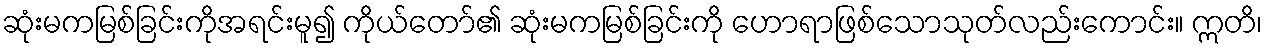
ဆုံးမကမြစ်ခြင်းကိုအရင်းမူ၍ ကိုယ်တော်၏ ဆုံးမကမြစ်ခြင်းကို ဟောရာဖြစ်သောသုတ်လည်းကောင်း။ ဣတိ၊